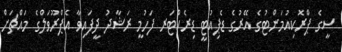
ސީގެ ޕްރޮކިއުމަންޓުގެ އޭރުގެ ޑެޕިއުޓީ ޑިރެކްޓަރ ފަހުމީ ރަޝާދު ދީފައިވާ އެޕްރޫވަލްގެ މައްޗަށް